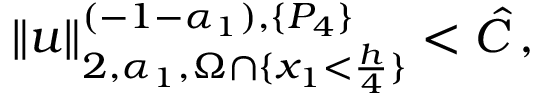
\| u \| _ { 2 , \alpha _ { 1 } , \Omega \cap \{ x _ { 1 } < \frac { h } { 4 } \} } ^ { ( - 1 - \alpha _ { 1 } ) , \{ P _ { 4 } \} } < \hat { C } \, ,